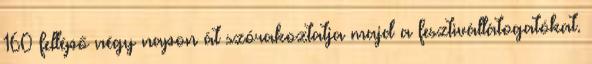
160 fellépő négy napon át szórakoztatja majd a fesztivállátogatókat.